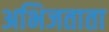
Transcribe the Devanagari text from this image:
अभिजताता